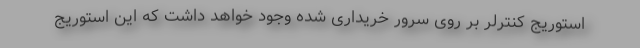
استوریج کنترلر بر روی سرور خریداری شده وجود خواهد داشت که این استوریج